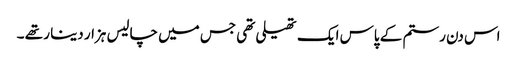
اس دن رستم کے پاس ایک تھیلی تھی جس میں چالیس ہزار دینا ر تھے ۔